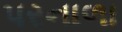
પરનાળા